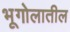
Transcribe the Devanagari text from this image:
भूगोलातील